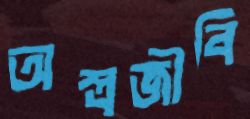
অস্ত্রজীবি